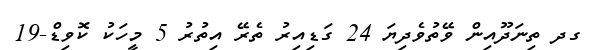
ގދ ތިނަދޫއިން ވޭތުވެދިޔަ 24 ގަޑިއިރު ތެރޭ އިތުރު 5 މީހަކު ކޮވިޑް-19